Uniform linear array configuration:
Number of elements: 16
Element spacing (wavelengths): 0.25
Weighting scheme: blackman
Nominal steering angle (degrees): -60
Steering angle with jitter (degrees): -59.811
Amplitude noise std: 0.05
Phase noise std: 0.05

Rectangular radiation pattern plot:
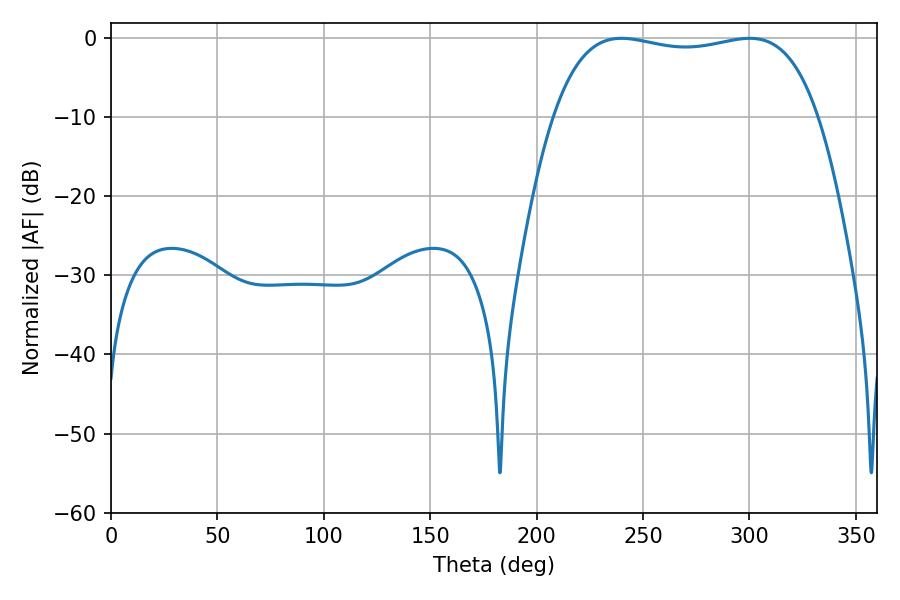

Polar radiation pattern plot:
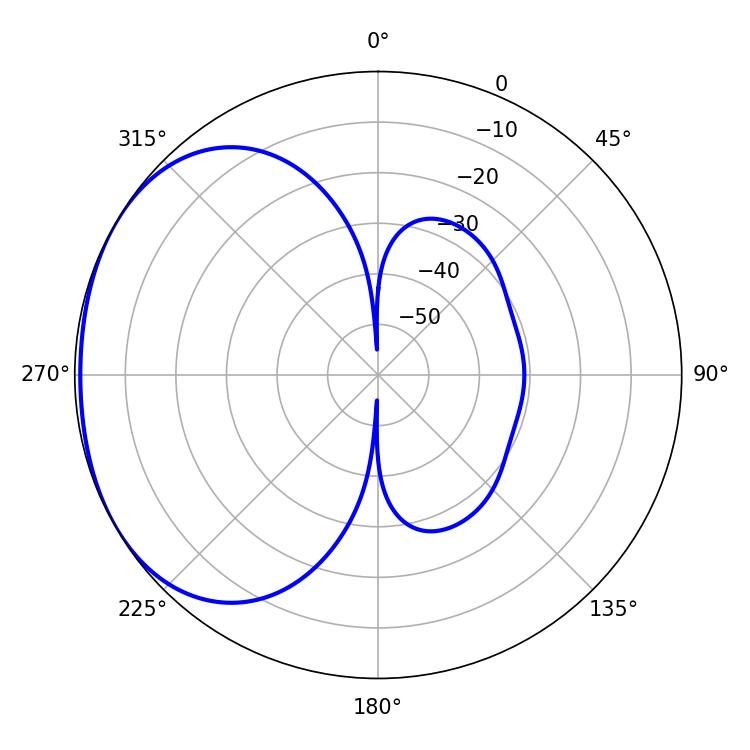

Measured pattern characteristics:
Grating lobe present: FALSE
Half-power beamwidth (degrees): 100.08
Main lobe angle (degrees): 239.94